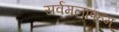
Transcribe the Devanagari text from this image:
सर्वमलापहम्